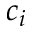
c _ { i }